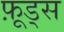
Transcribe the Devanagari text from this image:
फ़ूड्स